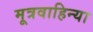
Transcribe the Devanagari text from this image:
मूत्रवाहिन्या